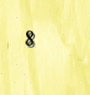
8